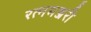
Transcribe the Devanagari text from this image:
रत्नमञ्जरी